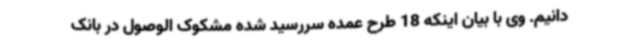
دانیم. وی با بیان اینکه 18 طرح عمده سررسید شده مشکوک الوصول در بانک